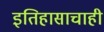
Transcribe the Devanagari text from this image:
इतिहासाचाही